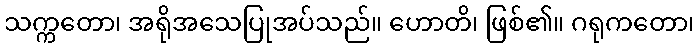
သက္ကတော၊ အရိုအသေပြုအပ်သည်။ ဟောတိ၊ ဖြစ်၏။ ဂရုကတော၊